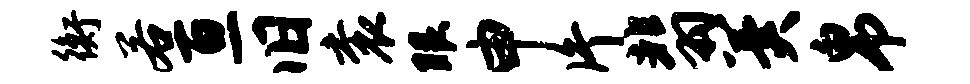
衡若亘旧衮眼申片翡冀帛